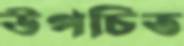
উপচিত